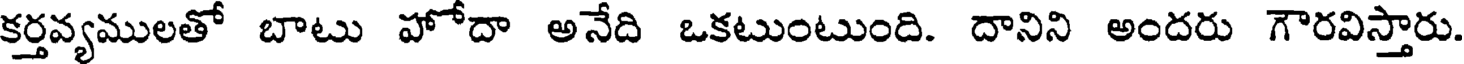
కర్తవ్యములతో బాటు హోదా అనేది ఒకటుంటుంది. దానిని అందరు గౌరవిస్తారు.